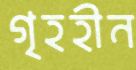
গৃহহীন